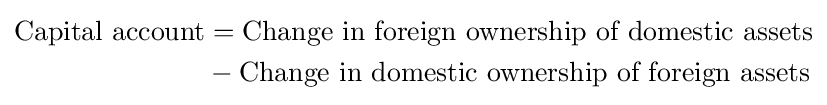
{\begin{aligned}{\mbox{Capital account}}&={\mbox{Change in foreign ownership of domestic assets}}\\&-{\mbox{Change in domestic ownership of foreign assets}}\\\end{aligned}}